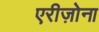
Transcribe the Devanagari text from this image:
एरीज़ोना